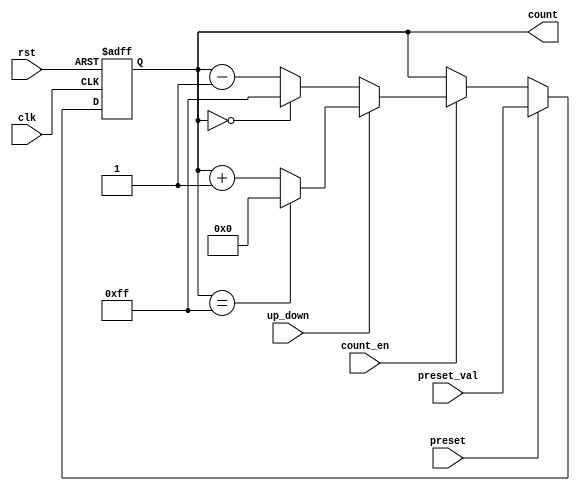
module presettable_counter #(
    parameter N = 8 // Width of the counter (can be adjusted)
)(
    input wire clk,              // Clock signal
    input wire rst,              // Reset signal
    input wire preset,           // Preset signal
    input wire [N-1:0] preset_val, // Preset value input
    input wire count_en,         // Count enable signal
    input wire up_down,          // Up/Down control signal
    output reg [N-1:0] count     // Current counter value
);

    // Counter behavior
    always @(posedge clk or posedge rst) begin
        if (rst) begin
            count <= 0; // Reset the counter to zero
        end else if (preset) begin
            count <= preset_val; // Load the preset value
        end else if (count_en) begin
            if (up_down) begin
                // Increment the counter with wrap-around
                count <= (count == {N{1'b1}}) ? 0 : count + 1;
            end else begin
                // Decrement the counter with wrap-around
                count <= (count == 0) ? {N{1'b1}} : count - 1;
            end
        end
    end

endmodule